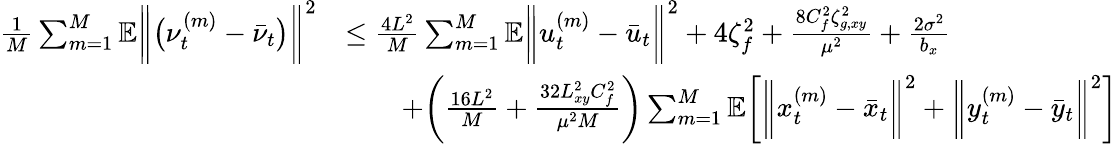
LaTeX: \begin{array}{rl}{\frac{1}{M}\sum_{m=1}^{M}\mathbb{E}\bigg\| \big(\nu_{t}^{(m)}-\bar{\nu}_{t}\big)\bigg\| ^{2}}&{\leq\frac{4L^{2}}{M}\sum_{m=1}^{M}\mathbb{E}\bigg\| u_{t}^{(m)}-\bar{u}_{t}\bigg\| ^{2}+4\zeta_{f}^{2}+\frac{8C_{f}^{2}\zeta_{g,xy}^{2}}{\mu^{2}}+\frac{2\sigma^{2}}{b_{x}}}\\ &{\qquad+\bigg(\frac{16L^{2}}{M}+\frac{32L_{xy}^{2}C_{f}^{2}}{\mu^{2}M}\bigg)\sum_{m=1}^{M}\mathbb{E}\bigg[\bigg\| x_{t}^{(m)}-\bar{x}_{t}\bigg\| ^{2}+\bigg\| y_{t}^{(m)}-\bar{y}_{t}\bigg\| ^{2}\bigg]}\end{array}